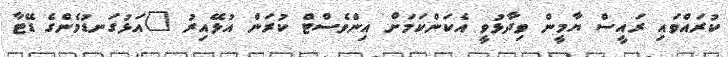
ކުރައްވައި ރައީސް ޔާމީން ވިދާޅުވީ އެކަންކަމަށް އިންވެސްޓް ކުރަން އުޅޭއިރު "އަޅުގަނޑުމެންގެ ޑޭޓާ